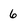
Character: 6